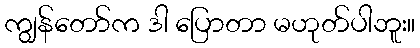
ကျွန်တော်က ဒါ ပြောတာ မဟုတ်ပါဘူး။